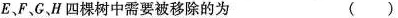
E、F.CH四棵树中需要被移除的为( )